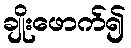
ချိုးဖောက်၍